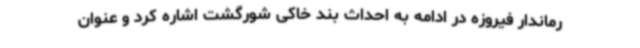
رماندار فیروزه در ادامه به احداث بند خاکی شورگشت اشاره کرد و عنوان